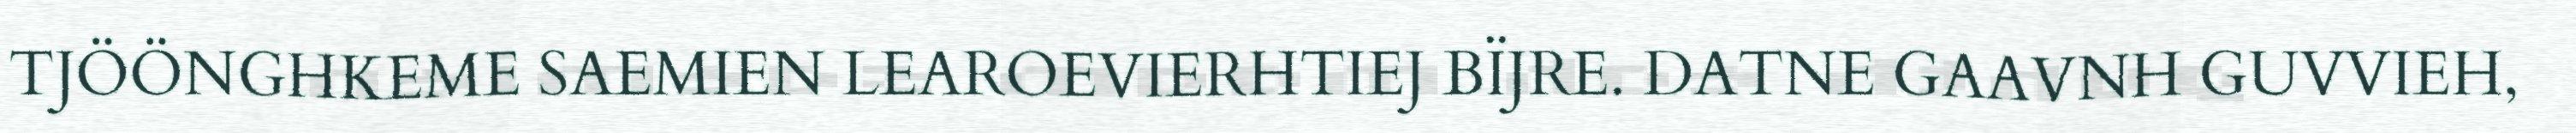
TJÖÖNGHKEME SAEMIEN LEAROEVIERHTIEJ BÏJRE. DATNE GAAVNH GUVVIEH,